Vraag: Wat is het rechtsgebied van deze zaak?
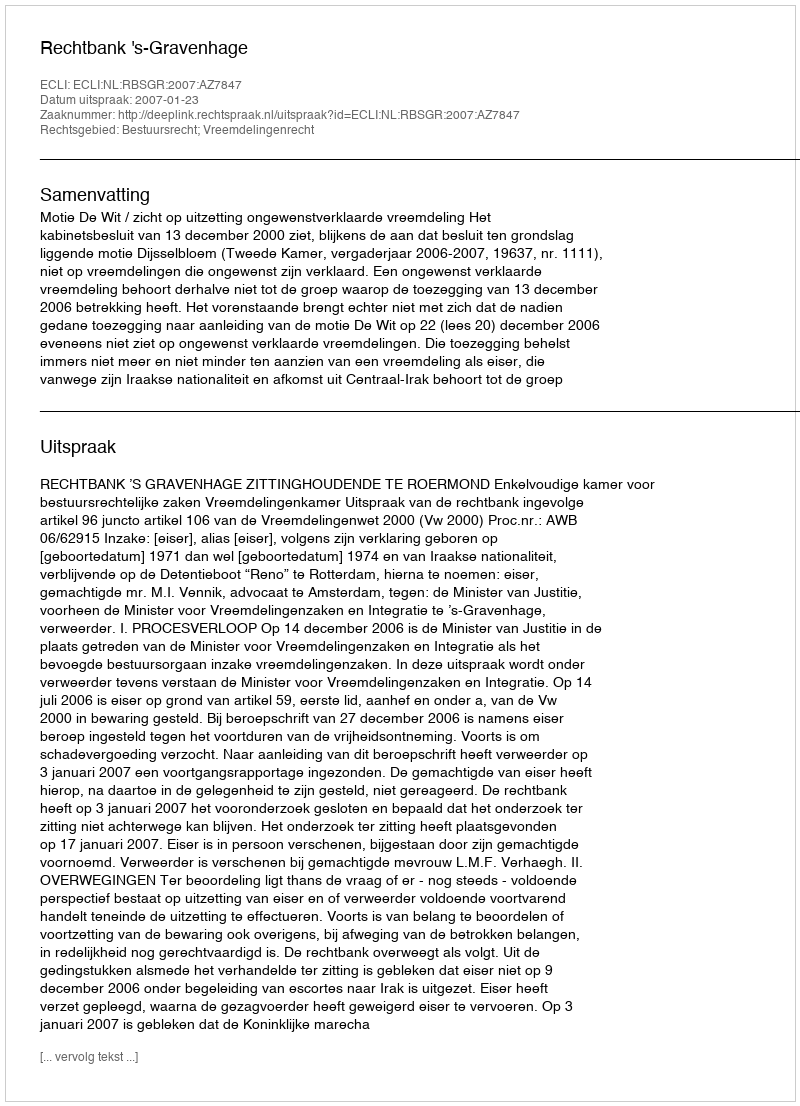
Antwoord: Bestuursrecht; Vreemdelingenrecht